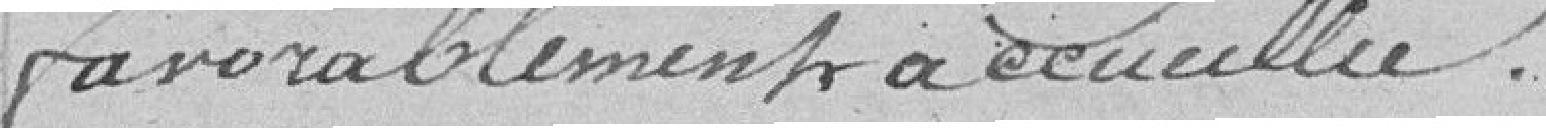
favorablement accueillie.